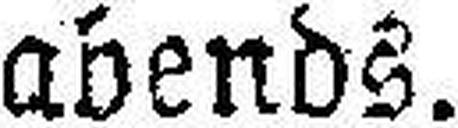
abends.